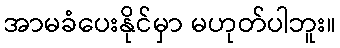
အာမခံပေးနိုင်မှာ မဟုတ်ပါဘူး။